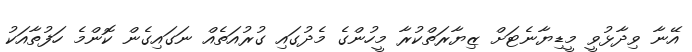
އޭނާ ވިދާޅުވީ މީޑިޔާނެޓަށް ޒިޔާރަތްކުރާ މީހުންގެ މެދުގައި ގުރުއަތެއް ނަގައިގެން ކޮންމެ ހަފުތާއަކު